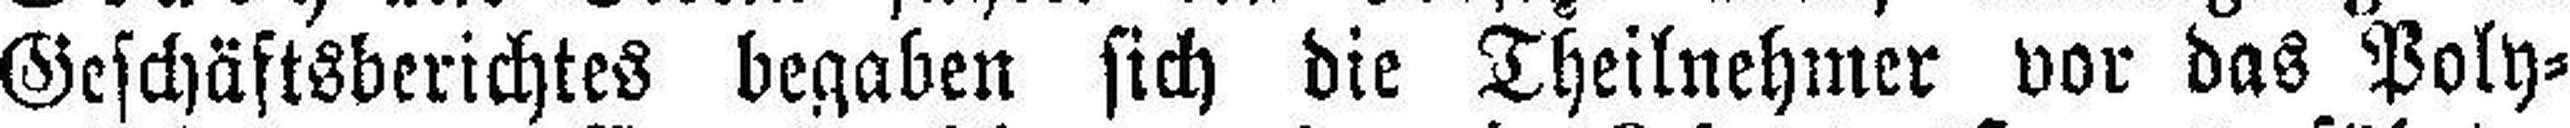
Geschäftsberichtes begaben sich die Theilnehmer vor das Poly¬